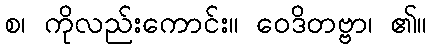
စ၊ ကိုလည်းကောင်း။ ဝေဒိတဗ္ဗာ၊ ၏။